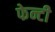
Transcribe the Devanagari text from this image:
फेन्टी